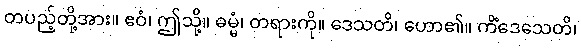
တပည့်တို့အား။ ဧဝံ၊ ဤသို့။ ဓမ္မံ၊ တရားကို။ ဒေသတိ၊ ဟော၏။ ကိံဒေသေတိ၊